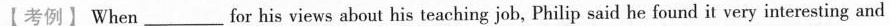
【考例】When ___for his views about his teaching job, Philip said he found it very interesting and